[Report on the health of British troops in the Madras command]
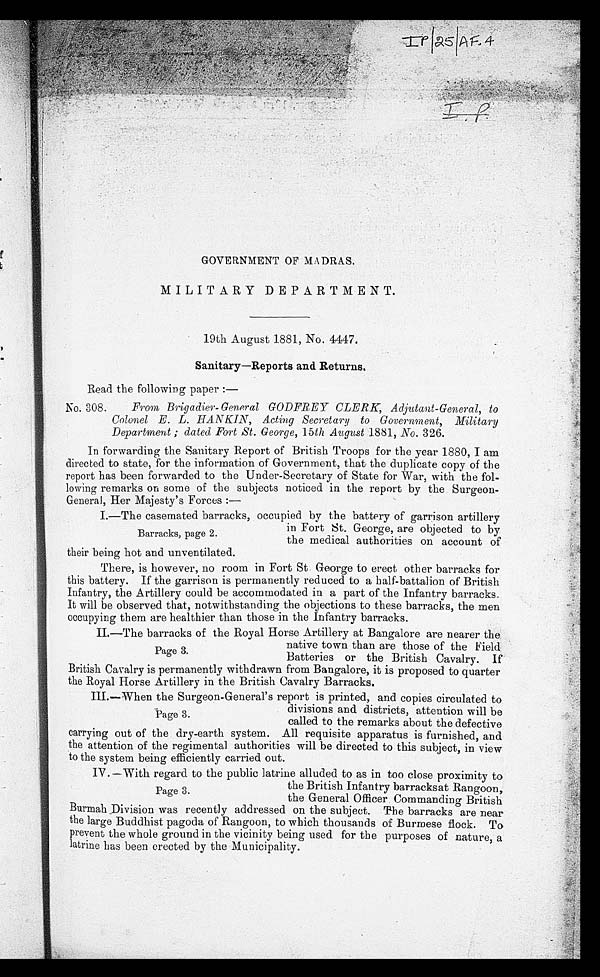
GOVERNMENT OF MADRAS.
MILITARY DEPARTMENT.
19th August 1881, No. 4447.
Sanitary—Reports and Returns.
Read the following paper :
—
No. 308.
From Brigadier- General GODFREY CLERK, Adjutant-General, to
Colonel E. L. HANKIN, Acting Secretary to Government, Military
Department ; dated Fort St. George, 15th August 1881, No. 326.
In forwarding the Sanitary Report of British Troops for the year 1880, I am
directed to state, for the information of Government, that the duplicate copy of the
report has been forwarded to the Under-Secretary of State for War, with the fol-
lowing remarks on some of the subjects noticed in the report by the Surgeon-
General, Her Majesty's Forces :
—
I.—The casemated barracks, occupied by the battery of garrison artillery
in Fort St. George, are objected to by
Barracks, page 2.
the medical authorities on account of
their being hot and unventilated.
There, is however, no room in Fort St. George to erect other barracks for
this battery. If the garrison is permanently reduced to a half-battalion of British
Infantry, the Artillery could be accommodated in a part of the Infantry barracks.
It will be observed that, notwithstanding the objections to these barracks, the men
occupying them are healthier than those in the Infantry barracks.
II.—The barracks of the Royal Horse Artillery at Bangalore are nearer the
native town than are those of the Field
Page 3.
Batteries or the British Cavalry. If
British Cavalry is permanently withdrawn from Bangalore, it is proposed to quarter
the Royal Horse Artillery in the British Cavalry Barracks.
III.—When the Surgeon-General ' s report is printed, and copies circulated to
Page 3.
divisions and districts, attention will be
called to the remarks about the defective
carrying out of the dry-earth system. All requisite apparatus is furnished, and
the attention of the regimental authorities will be directed to this subject, in view
to the system being efficiently carried out.
IV. —With regard to the public latrine alluded to as in too close proximity to
the British Infantry barracksat Rangoon,
Page 3.
the General Officer Commanding British
Burmah Division was recently addressed on the subject. The barracks are near
the large Buddhist pagoda of Rangoon, to which thousands of Burmese flock. To
prevent the whole ground in the vicinity being used for the purposes of nature, a
latrine has been erected by the Municipality.